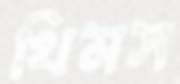
থিমস